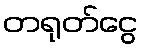
တရုတ်ငွေ